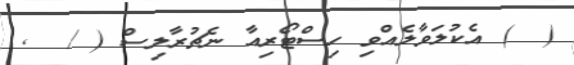
(  ) އެކުލަވާލެއްވި ހިސްޓޯރިއާ ނެޗުރާލިސް ( /